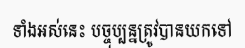
ទាំងអស់នេះ បច្ចុប្បន្នត្រូវបានយកទៅ